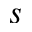
s